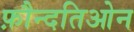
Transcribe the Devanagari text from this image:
फ़ौन्दतिओन